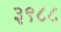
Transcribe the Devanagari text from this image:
३९८८